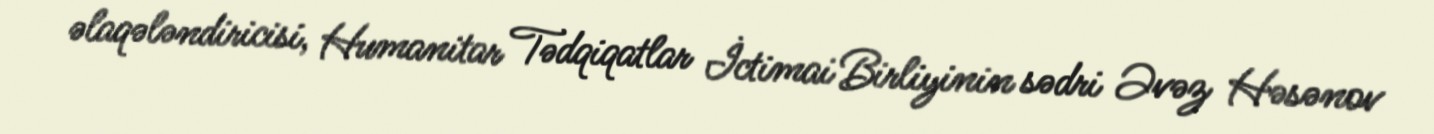
əlaqələndiricisi, Humanitar Tədqiqatlar İctimai Birliyinin sədri Əvəz Həsənov